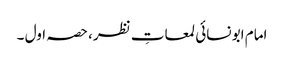
امام ابو نسائی لمعاتِ نظر، حصہ اول ۔